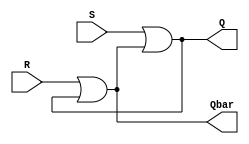
module sr_flipflop(input S, input R, output Q, output Qbar);
    assign Q = S | Qbar;
    assign Qbar = R | Q;
endmodule